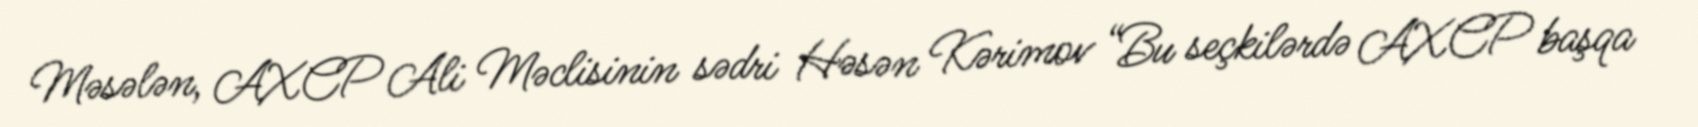
Məsələn, AXCP Ali Məclisinin sədri Həsən Kərimov “Bu seçkilərdə AXCP başqa